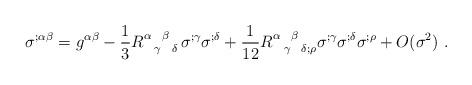
LaTeX: \begin{align*}\sigma ^{;\alpha \beta}=g^{\alpha \beta}-\frac{1}{3}R^{\alpha ~~\beta~~}_{~~\gamma~~\delta}\sigma ^{;\gamma } \sigma ^{;\delta }+\frac{1}{12} R^{\alpha~~\beta~~}_{~~\gamma~~\delta;\rho }\sigma ^{;\gamma }\sigma ^{;\delta }\sigma^{;\rho}+O(\sigma^2)~.\end{align*}